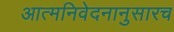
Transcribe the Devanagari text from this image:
आत्मनिवेदनानुसारच